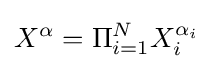
X^{\alpha }=\Pi _{i=1}^{N}X_{i}^{\alpha _{i}}